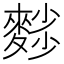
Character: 𪍉